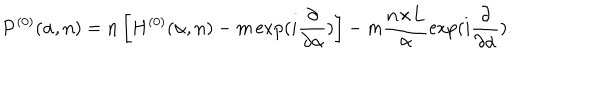
{ \bf P } ^ { ( 0 ) } ( { \alpha } , { \bf n } ) = { \bf n } \left[ H ^ { ( 0 ) } ( { \alpha } , { \bf n } ) - m \exp ( i \frac { \partial } { { \partial } { \alpha } } ) \right] - m \frac { { \bf n } { \times } { \bf L } } { \alpha } \exp ( i \frac { \partial } { { \partial } { \alpha } } ) .